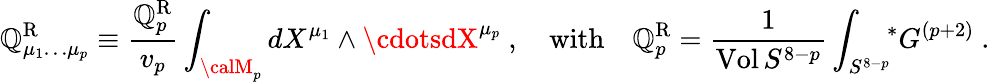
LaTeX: \mathbb{Q}_{\mu_{1}\dots\mu_{p}}^{\mathrm{{R}}}\equiv{\frac{{\mathbb{Q}_{p}^{\mathrm{{R}}}}}{{v_{p}}}}\int_{{\calM}_{p}}dX^{\mu_{1}}\wedge\cdotsdX^{\mu_{p}}\ ,\quad\mathrm{{with}}\quad\mathbb{Q}_{p}^{\mathrm{{R}}}={\frac{{1}}{{\mathrm{{Vol}}\, S^{8-p}}}}\int_{S^{8-p}}\! \! {}^{*}G^{(p+2)}\ .